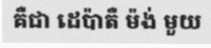
គឺជា ដេប៉ាតឺ ម៉ង់ មួយ